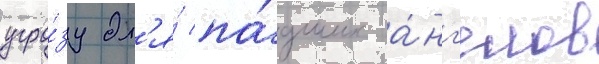
угро́зу дл'я́ па́дших а́нг'елов